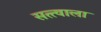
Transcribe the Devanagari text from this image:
सत्त्वाला